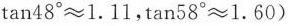
$$tan48^{\circ}≈1.11$$，$$tan58^{\circ}≈1.60)$$